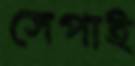
সেপাই